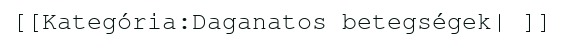
[[Kategória:Daganatos betegségek| ]]